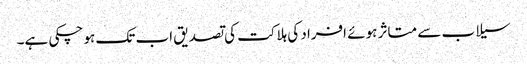
سیلاب سے متاثر ہوئے افراد کی ہلاکت کی تصدیق اب تک ہو چکی ہے۔